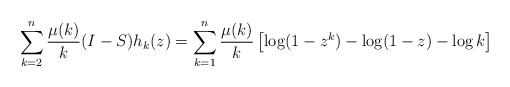
\begin{align*} \sum_{k=2}^n \frac{\mu(k)}{k} (I-S) h_k(z) = \sum_{k=1}^n \frac{\mu(k)}{k} \left[ \log(1-z^k) - \log(1-z) - \log k \right] \end{align*}